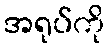
အရုပ်ကို